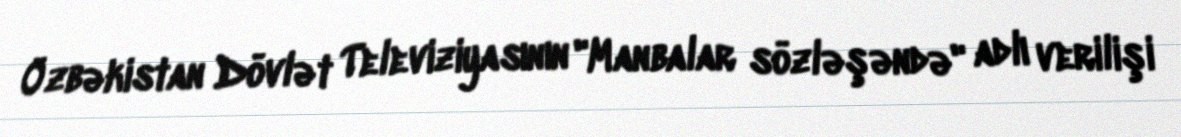
Özbəkistan Dövlət Televiziyasının "Manbalar sözləşəndə" adlı verilişi